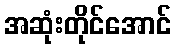
အဆုံးတိုင်အောင်